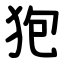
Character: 狍